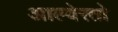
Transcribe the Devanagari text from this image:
आल्वेरतो